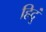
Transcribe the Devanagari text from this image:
हिदूं